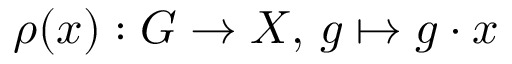
\rho ( x ) : G \to X , \, g \mapsto g \cdot x